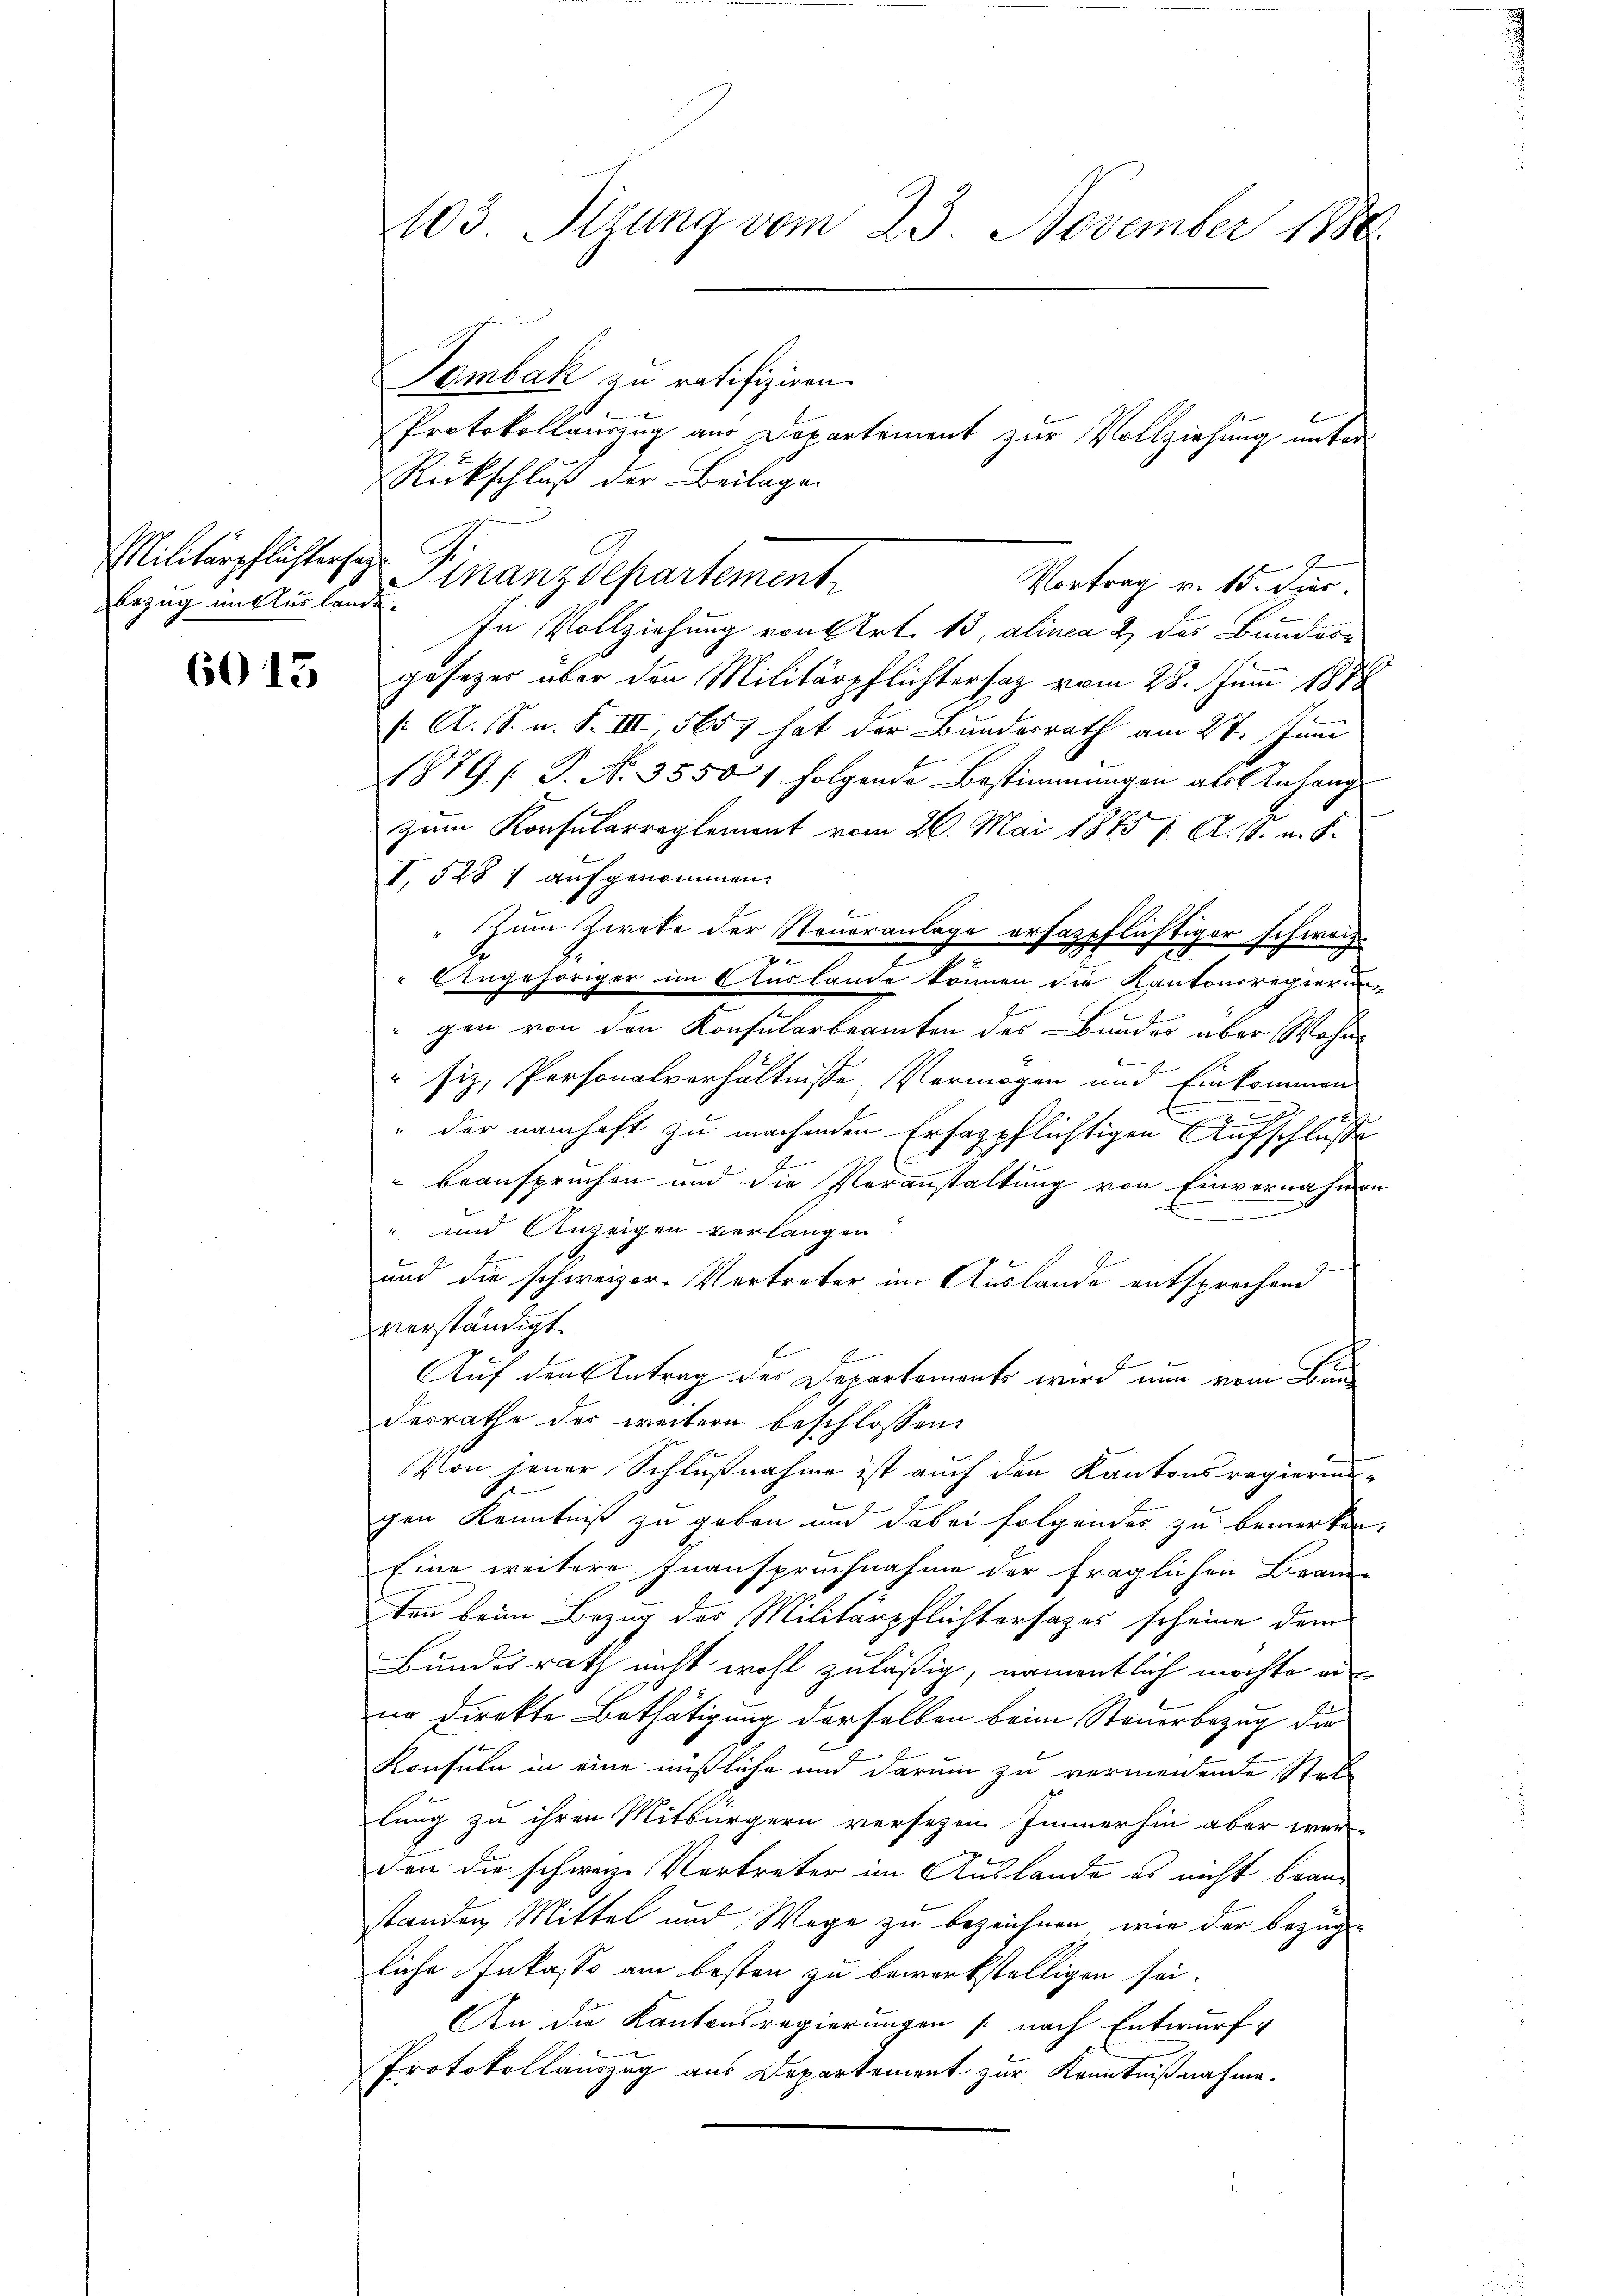
bezug unklus lande.

6013

Tombak zu ratifiziren.
Protokollauszug aus Departement zur Vollziehung unter
Rückschluß der Beilagen
Militärpflichters Finanzdepartement
In Vollziehung von Art. 13, alinea 2 des Bundesgesezer über den Militärpflichtersaz vom 28. Juni 1878
: A. S. u. S. III, 5657 hat der Bundesrath am 27. Juni
1879 / P. No. 3550 1 folgende Bestimmungen als Anhang
zum Konsularreglement vom 26. Mai 1875 / A. S. in S
I. 528 7 aufgenommen.
" zum Zwete der Steueranlage erfaspflichtiger schweiz.
u
.
" Angehöriger im Auslande können die Kantonsregierung
gen von den Konsularbeamten des Bunder über Wohns
siz, Personalverhältnisse Vermögen und Einkommen
E
 der namhaft zu machenden Erhazpflichtigen Aufschluße
 beanspruchen und die Veranstaltung von Einvernahmen
.
" und Anzeigen verlangen.
und die schweizer. Vertreter im Auslande entsprechend
verständigt.
Auf den Antrag des Departements wird nun vom Bunderrathe des weitern beschlossen:
Von jener Schlußnahme ist auch den Kantonsregierung
gen Kenntniß zu geben und dabei folgendes zu bemerken.
Eine weitere Inanspruchnahme der fraglichen Beam-
ten beim Bezug des Militärpflichtersages scheine dem
Bundesrath nicht wohl zuläßig, namentlich möchte ei
nn direkte Bethätigung derselben beim Steuerbezug die
Konsuln in eine mißliche und darum zu vermeidende Stel-
lung zu ihren Mitbürgern versetzen Immerhin aber wer
den die schweiz. Vertreter im Auslande es nicht beanstanden Mittel und Wege zu bezeichnen, wie der bezüg-
liche Inkasso am besten zu bewerkstelligen sei.
An die Kantonsregierungen (nach Entwurf,
Protokollauszug aus Departement zur Kenntnißnahme.

103 Stzung vom 23. November 1888.

Vortrag v. 15. Dir.